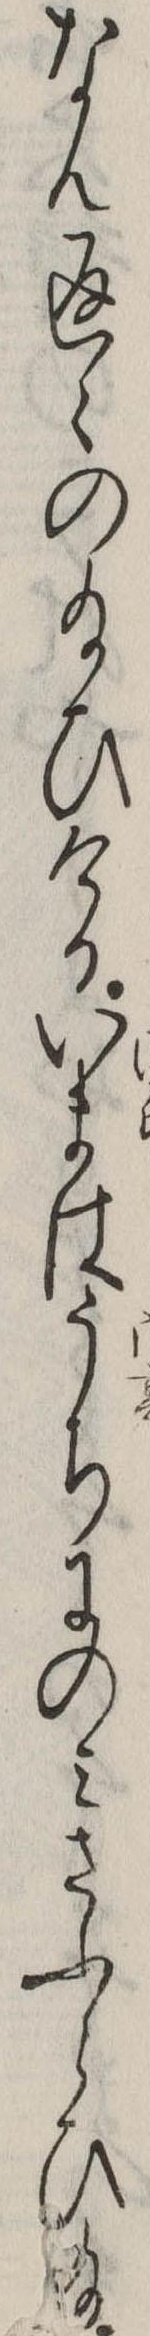
なん返々の給ひけるいまはうちにのみさふらひ給